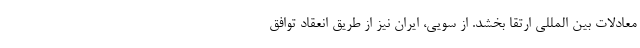
معادلات بین المللی ارتقا بخشد. از سویی، ایران نیز از طریق انعقاد توافق